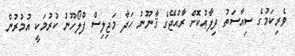
ވެރިކަމުގެ ސިއާސަތު ދިފާޢުކޮށް ރާއްޖޭގެ ޤާނޫނު ހަދާ މަޖިލިސް ފްލޯހޫނު ކުރުމަކީ އުމުރުން